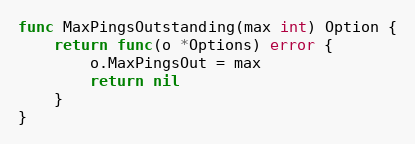
Language: Go
func MaxPingsOutstanding(max int) Option {
	return func(o *Options) error {
		o.MaxPingsOut = max
		return nil
	}
}